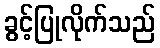
ခွင့်ပြုလိုက်သည်